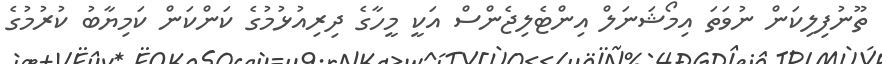
ތޫނުފިލިކަން ނުވަތަ އިމޯޝަނަލް އިންޓެލިޖެންސް އަކީ މީހާގެ ދިރިއުޅުމުގެ ކަންކަން ކަމިޔާބު ކުރުމުގެ